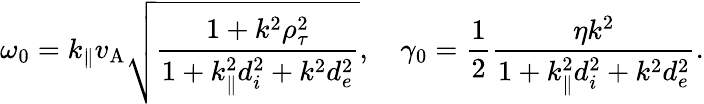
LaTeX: \omega_{0}=k_{\parallel}v_{\mathrm{A}}\sqrt{\frac{1+k^{2}\rho_{\tau}^{2}}{1+k_{\parallel}^{2}d_{i}^{2}+k^{2}d_{e}^{2}}},\quad\gamma_{0}=\frac{1}{2}\frac{\eta k^{2}}{1+k_{\parallel}^{2}d_{i}^{2}+k^{2}d_{e}^{2}}.